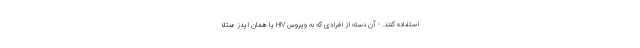
استفاده کنند. - آن دسته از افرادی که به ویروس HIV یا همان ایدز مبتلا